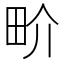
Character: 畍